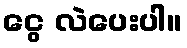
ငွေ လဲပေးပါ။